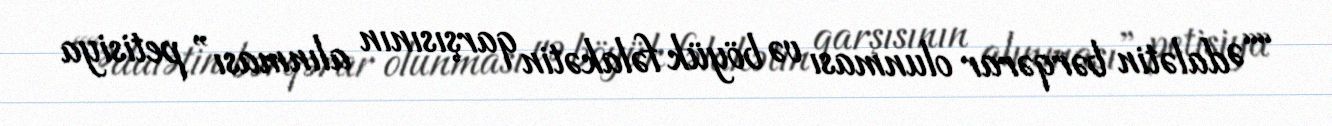
““Ədalətin bərqərar olunması və böyük fəlakətin qarşısının alınması” petisiya